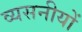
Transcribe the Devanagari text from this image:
व्यसनीयों